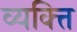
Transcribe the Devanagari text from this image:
व्यक्त्ति